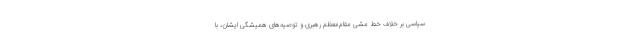
سیاسی بر خلاف خط مشی مقام‌معظم رهبری و توصیه‌های همیشگی ایشان، با